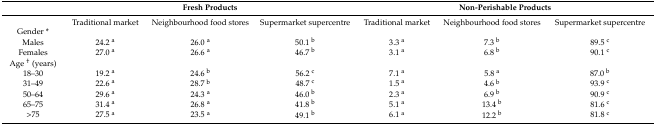
<table><thead><tr><td></td><td colspan="3"><b>Fresh Products</b></td><td colspan="3"><b>Non-Perishable Products</b></td></tr></thead><tbody><tr><td></td><td>Traditional market</td><td>Neighbourhood food stores</td><td>Supermarket supercentre</td><td>Traditional market</td><td>Neighbourhood food stores</td><td>Supermarket supercentre</td></tr><tr><td>Gender *</td><td></td><td></td><td></td><td></td><td></td><td></td></tr><tr><td>Males</td><td>24.2 <sup>a</sup></td><td>26.0 <sup>a</sup></td><td>50.1 <sup>b</sup></td><td>3.3 <sup>a</sup></td><td>7.3 <sup>b</sup></td><td>89.5 <sup>c</sup></td></tr><tr><td>Females</td><td>27.0 <sup>a</sup></td><td>26.6 <sup>a</sup></td><td>46.7 <sup>b</sup></td><td>3.1 <sup>a</sup></td><td>6.8 <sup>b</sup></td><td>90.1 <sup>c</sup></td></tr><tr><td>Age <sup>†</sup> (years)</td><td></td><td></td><td></td><td></td><td></td><td></td></tr><tr><td>18–30 </td><td>19.2 <sup>a</sup></td><td>24.6 <sup>b</sup></td><td>56.2 <sup>c</sup></td><td>7.1 <sup>a</sup></td><td>5.8 <sup>a</sup></td><td>87.0 <sup>b</sup></td></tr><tr><td>31–49 </td><td>22.6 <sup>a</sup></td><td>28.7 <sup>b</sup></td><td>48.7 <sup>c</sup></td><td>1.5 <sup>a</sup></td><td>4.6 <sup>b</sup></td><td>93.9 <sup>c</sup></td></tr><tr><td>50–64 </td><td>29.6 <sup>a</sup></td><td>24.3 <sup>a</sup></td><td>46.0 <sup>b</sup></td><td>2.3 <sup>a</sup></td><td>6.9 <sup>b</sup></td><td>90.9 <sup>c</sup></td></tr><tr><td>65–75 </td><td>31.4 <sup>a</sup></td><td>26.8 <sup>a</sup></td><td>41.8 <sup>b</sup></td><td>5.1 <sup>a</sup></td><td>13.4 <sup>b</sup></td><td>81.6 <sup>c</sup></td></tr><tr><td>&gt;75 </td><td>27.5 <sup>a</sup></td><td>23.5 <sup>a</sup></td><td>49.1 <sup>b</sup></td><td>6.1 <sup>a</sup></td><td>12.2 <sup>b</sup></td><td>81.8 <sup>c</sup></td></tr></tbody></table>